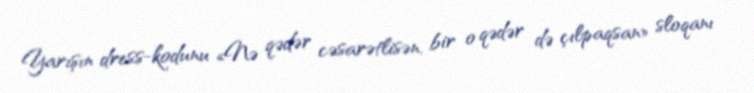
Yarışın dress-kodunu «Nə qədər cəsarətlisən, bir o qədər də çılpaqsan» sloqanı